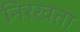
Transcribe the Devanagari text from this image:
निरखता